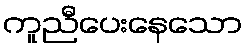
ကူညီပေးနေသော